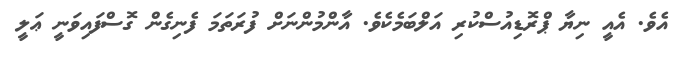
އެވެ. އެއީ ނިޔާ ޕްރޮޑިއުސްކުރި އަލްބަމެކެވެ. އާންމުންނަށް ފުރަތަމަ ފެނިގެން ގޮސްފައިވަނީ ޢަލީ